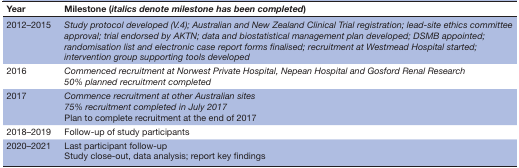
<table><thead><tr><td><b>Year</b></td><td><b>Milestone (<i>italics denote milestone has been completed</i>)</b></td></tr></thead><tbody><tr><td>2012–2015</td><td><i>Study protocol developed (V.4); Australian and New Zealand Clinical Trial registration; lead-site ethics committee approval; trial endorsed by AKTN; data and biostatistical management plan developed; DSMB appointed; randomisation list and electronic case report forms finalised; recruitment at Westmead Hospital started; intervention group supporting tools developed</i></td></tr><tr><td>2016</td><td><i>Commenced recruitment at Norwest Private Hospital, Nepean Hospital and Gosford Renal Research</i><i>50% planned recruitment completed</i></td></tr><tr><td>2017</td><td><i>Commence recruitment at other Australian sites</i><i>75% recruitment completed in July 2017</i>Plan to complete recruitment at the end of 2017</td></tr><tr><td>2018–2019</td><td>Follow-up of study participants</td></tr><tr><td>2020–2021</td><td>Last participant follow-up Study close-out, data analysis; report key findings</td></tr></tbody></table>